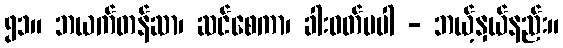
၅၁။ ဘယက်တန်ဆာ၊ ဆင်စေကာ၊ ခါးဝတ်မပါ - ဘယ့်နှယ်နည်း။